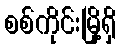
စစ်ကိုင်းမြို့ရှိ